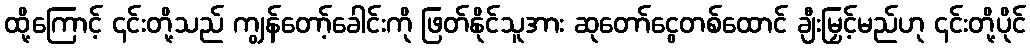
ထို့ကြောင့် ၎င်းတို့သည် ကျွန်တော့်ခေါင်းကို ဖြတ်နိုင်သူအား ဆုတော်ငွေတစ်ထောင် ချီးမြှင့်မည်ဟု ၎င်းတို့ပိုင်